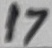
Text: 17